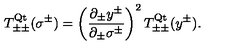
T _ { \pm \pm } ^ { \mathrm { Q t } } ( \sigma ^ { \pm } ) = \left( \frac { \partial _ { \pm } y ^ { \pm } } { \partial _ { \pm } \sigma ^ { \pm } } \right) ^ { 2 } T _ { \pm \pm } ^ { \mathrm { Q t } } ( y ^ { \pm } ) .